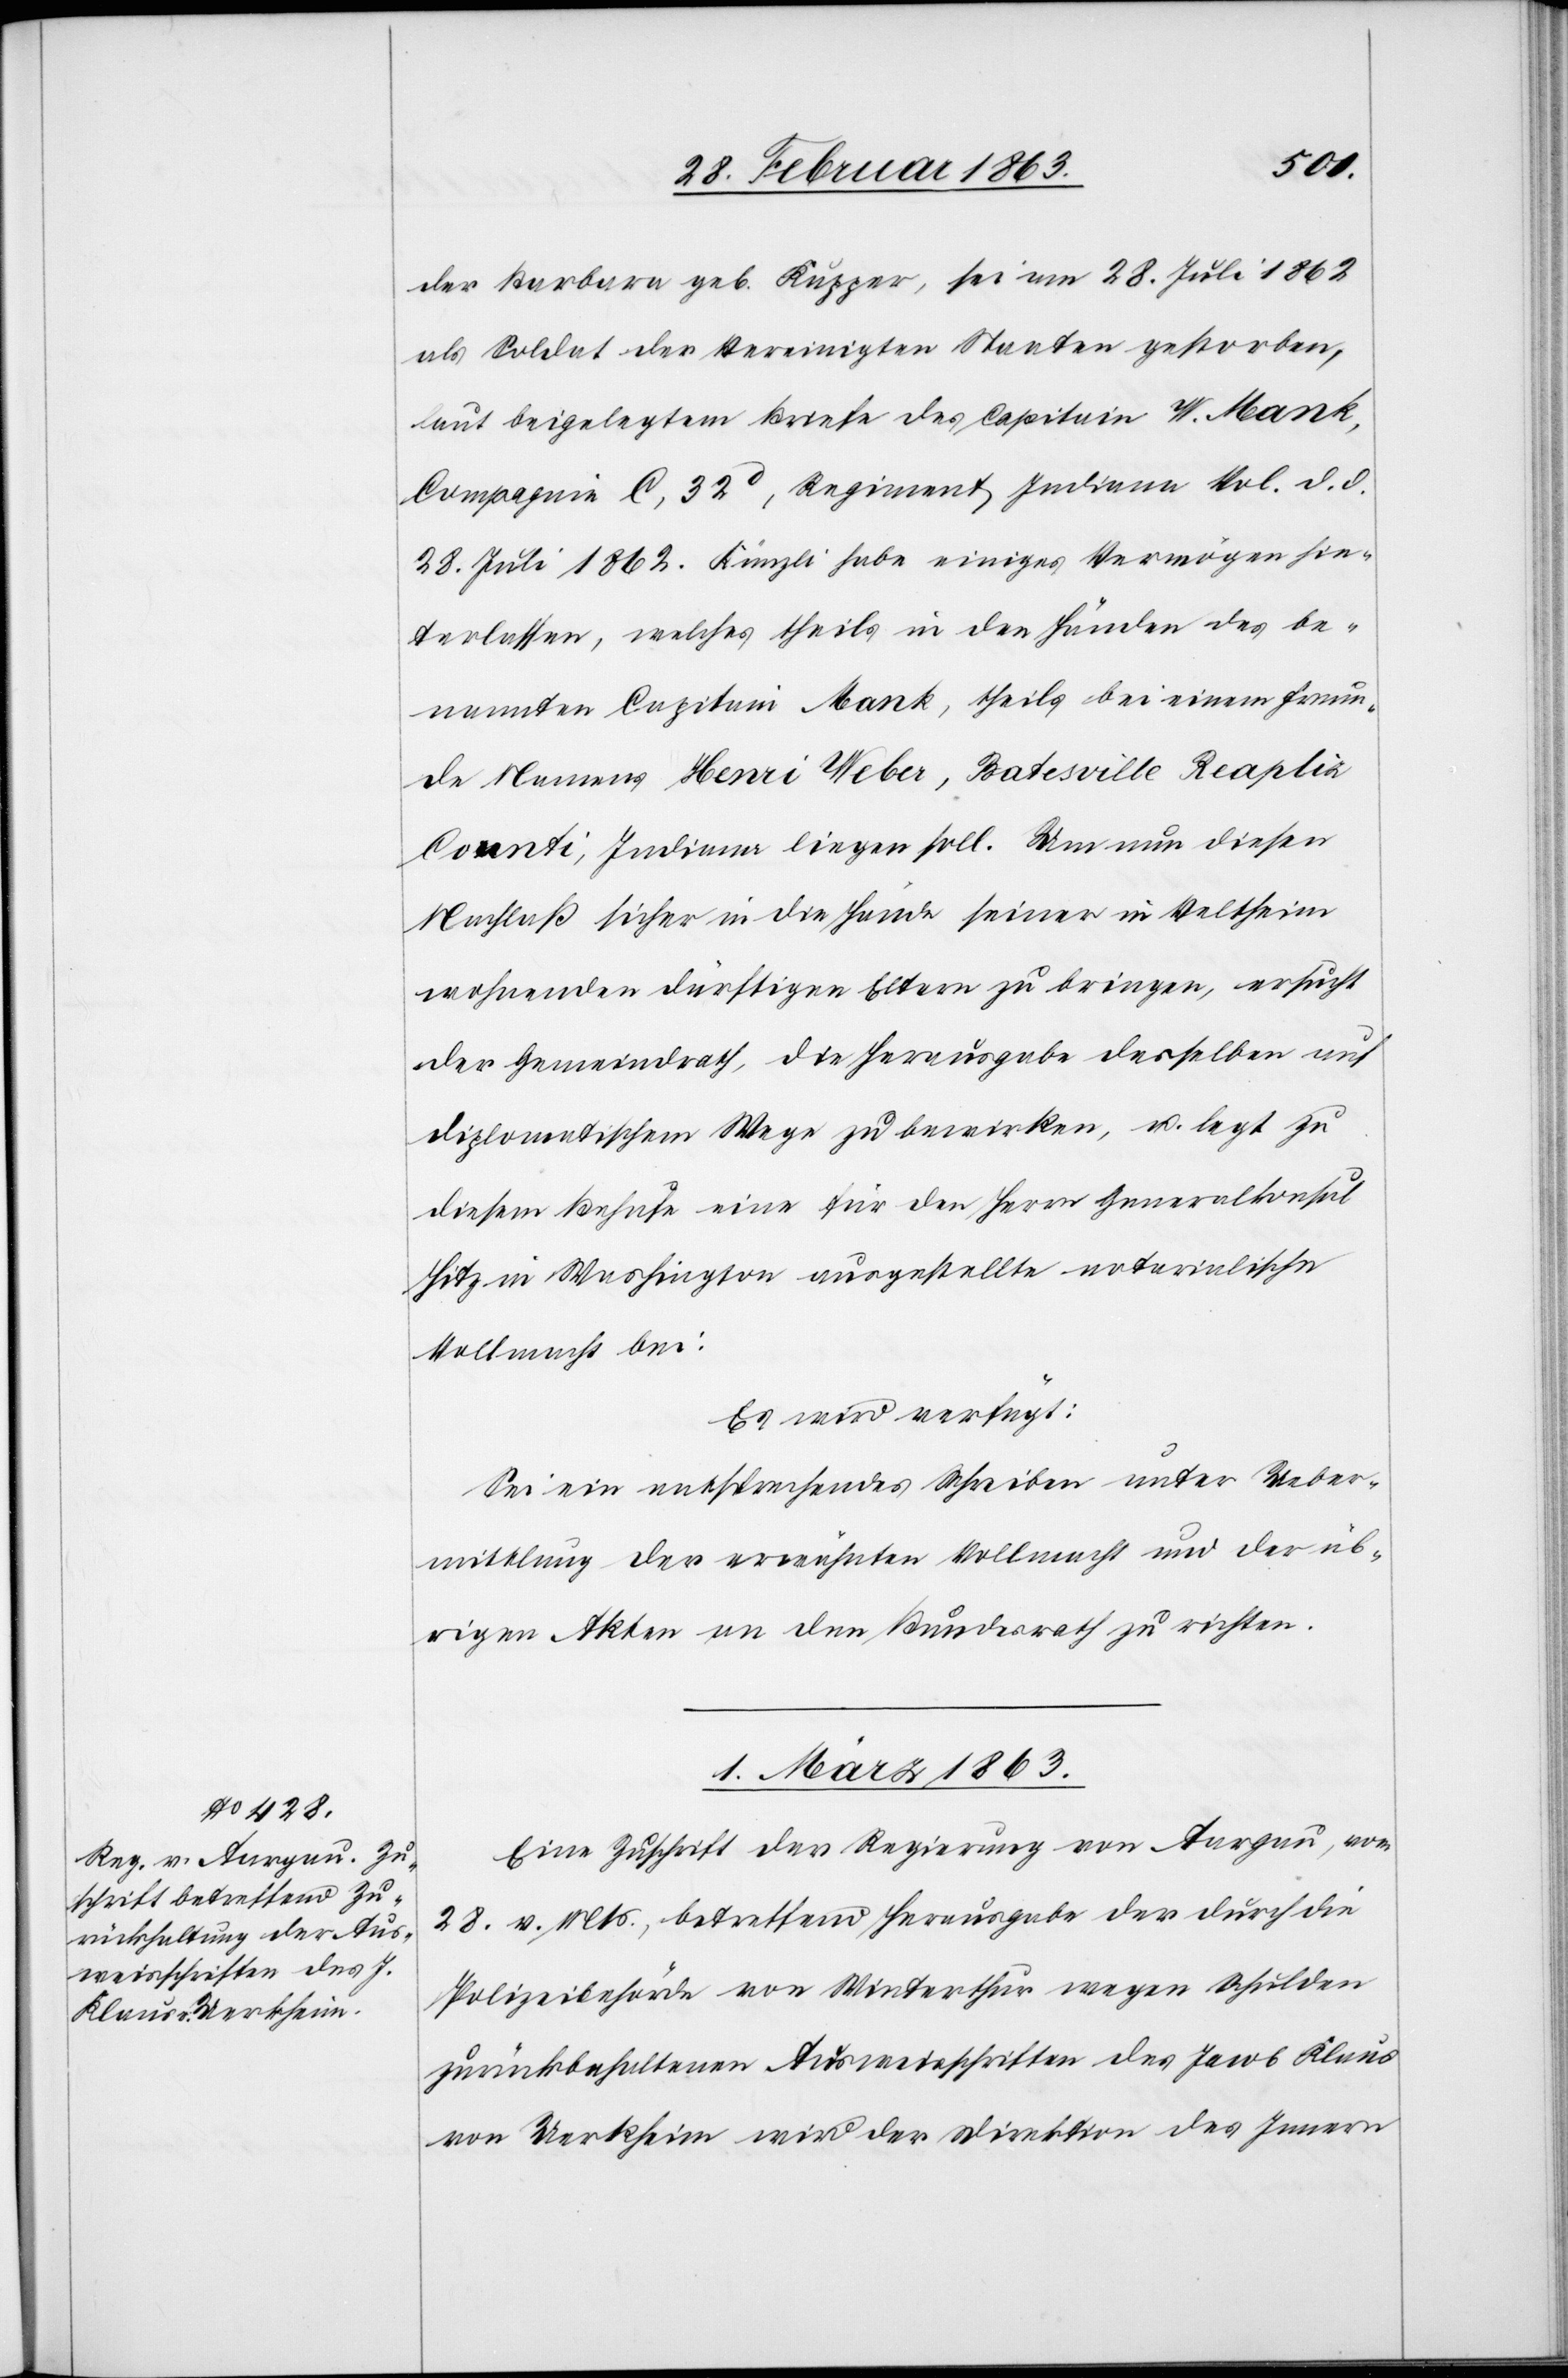
der Barbara geb. Kupper, sei am 28. Juli 1862
als Soldat der Vereinigten Staaten gestorben,
laut beigelegtem Briefe des Capitain W. Mank,
Compagnie C, 32d, Regiment Indiana Vol. d. d.
28. Juli 1862. Künzli habe einiges Vermögen hin¬
terlassen, welches theils in den Händen des be¬
nannten Capitain Mank, theils bei einem Freun¬
de Namens Henri Weber, Batesville Reapliz
Counti, Indiana liegen soll. Um nun diesen
Nachlaß sicher in die Hände seiner in Veltheim
wohnenden dürftigen Eltern zu bringen, ersucht
der Gemeindrath, die Herausgabe desselben auf
diplomatischem Wege zu bewirken, u. legt zu
diesem Behufe eine für den Herrn Generalkonsul
Hitz in Washington ausgestellte notarialische
Vollmacht bei.
Es wird verfügt:
Sei ein entsprechendes Schreiben unter Ueber¬
mittlung der erwähnten Vollmacht und der üb¬
rigen Akten an den Bundesrath zu richten.
1. März 1863.
Eine Zuschrift der Regierung von Aargau, vom
28. v. Mts., betreffend Herausgabe der durch die
Polizeibehörde von Winterthur wegen Schulden
zurückbehaltenen Ausweisschriften des Jacob Klaus
von Uerkheim wird der Direktion des Innern